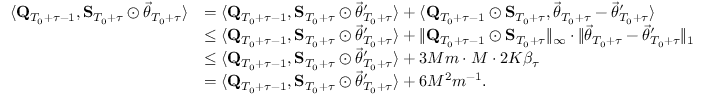
\begin{array} { r l } { \langle \mathbf Q _ { T _ { 0 } + \tau - 1 } , \mathbf S _ { T _ { 0 } + \tau } \odot \vec { \theta } _ { T _ { 0 } + \tau } \rangle } & { = \langle \mathbf Q _ { T _ { 0 } + \tau - 1 } , \mathbf S _ { T _ { 0 } + \tau } \odot \vec { \theta } _ { T _ { 0 } + \tau } ^ { \prime } \rangle + \langle \mathbf Q _ { T _ { 0 } + \tau - 1 } \odot \mathbf S _ { T _ { 0 } + \tau } , \vec { \theta } _ { T _ { 0 } + \tau } - \vec { \theta } _ { T _ { 0 } + \tau } ^ { \prime } \rangle } \\ & { \le \langle \mathbf Q _ { T _ { 0 } + \tau - 1 } , \mathbf S _ { T _ { 0 } + \tau } \odot \vec { \theta } _ { T _ { 0 } + \tau } ^ { \prime } \rangle + \lVert \mathbf Q _ { T _ { 0 } + \tau - 1 } \odot \mathbf S _ { T _ { 0 } + \tau } \rVert _ { \infty } \cdot \lVert \vec { \theta } _ { T _ { 0 } + \tau } - \vec { \theta } _ { T _ { 0 } + \tau } ^ { \prime } \rVert _ { 1 } } \\ & { \le \langle \mathbf Q _ { T _ { 0 } + \tau - 1 } , \mathbf S _ { T _ { 0 } + \tau } \odot \vec { \theta } _ { T _ { 0 } + \tau } ^ { \prime } \rangle + 3 M m \cdot M \cdot 2 K \beta _ { \tau } } \\ & { = \langle \mathbf Q _ { T _ { 0 } + \tau - 1 } , \mathbf S _ { T _ { 0 } + \tau } \odot \vec { \theta } _ { T _ { 0 } + \tau } ^ { \prime } \rangle + 6 M ^ { 2 } m ^ { - 1 } . } \end{array}